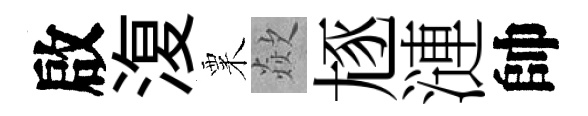
啟𣸪粟歘豗漣帥